Leaving Certificate Examination, 1914
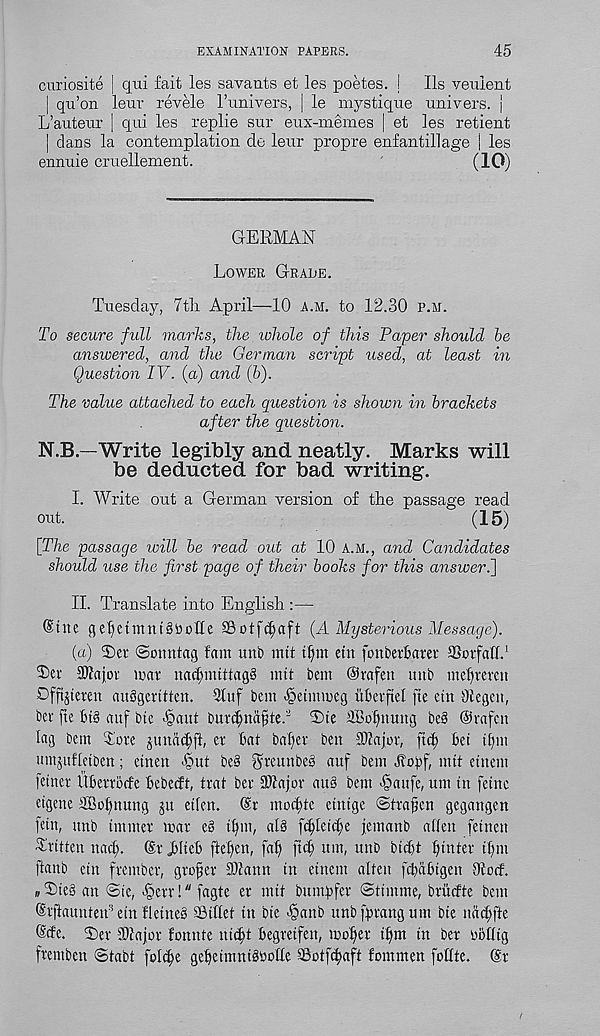
EXAMINATION PAPERS.
45
curiosite | qui fait les savauts et les poetes. !
Ils veuient
| qii’on leuv revele I’univers, j le mystique uuivers. |
L’auteur | qui les replie sur eux-memes | et les retieut
| clans la contemplation cle leur propre enfantillage | les
ennuie cruellement.
(10)
GERMAN
Lower Grade.
Tuesday, 7tli April—10 a.m. to 12.30 p.m.
To secure full marks, the whole of this Paper should be
answered, and the German script used, at least in
Question IV. (a) and (b).
The value attached to each question is shown in brackets
after the question.
N.B.—Write legibly and neatly. Marks will
be deducted for bad writing.
I. AVrite out a German version of the passage read
out.
(15)
[The passage will be read out at 10 A.M., and Candidates
should use the first page of their books for this answeri]
II. Translate into English :—
Sine csetyettnntStootte 3Botfcl)aft (A Mysterious Message).
(a) 2)er Soimtcu] fam unb nut tf)m cut fonberfram 33ovfafL'
Ser SWaJor iwat nac^mittagg nut bent ©rafen unb ntefueren
Dfftjteren aubgeritten. 3luf bent <§etnuneg itberftel fte etn Otegen,
bee fte bt§ attf bte -§aut bur^niif te. s T)te iBn^ttung be§ ©vafen
lag bent Tore juttadjft, er Bat bafier ben Tlajor, ftct) Bet tBm
umjufletben; ettten ^put be§ StbunbeS auf bent Jfobf, mtt etnent
fetrter UBettocfe Bebecft, trat bet - Sftajor attg bent >§aufe, tun tit feme
etgene 3Bofmttng ju etfen. @r moefte etntge ©trafen gegangen
fetn, unb tntntef war e§ tfnt, al§ fcfletcfe jemanb alien fetnett
Written naef. ©rjblteB ftel)en, faf ftd; uni, unb bteft Winter if in
ftanb etn frentber, grofer 3)iann in etnent alteu fdtaBtgen Otod.
„ 5)te§ an ©te, §err!" fagte er mtt buinffer ©timnte, briicfte bent
Srfiauntetd etn fletneg ©diet tit bte ^anb ttnbfprangunt bte naSfte
©de. ©er Dlajor fonnte nidtt Begretfen, mofer tfm in ber bollig
frentben ©tabt fold;e gcBetumibboIle Sotfcfaft fommen folltc. ®r